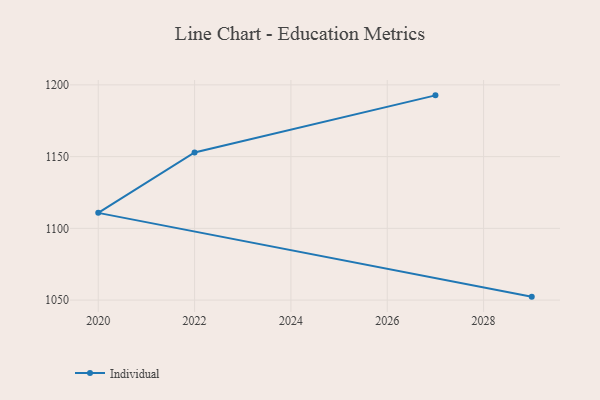
{"axis": {"x": "Year", "y": "Satisfaction Score"}, "legend": ["Individual"], "data": [{"x": "2029", "y": 1052.4, "type": "Individual"}, {"x": "2020", "y": 1110.8, "type": "Individual"}, {"x": "2022", "y": 1152.9, "type": "Individual"}, {"x": "2027", "y": 1192.7, "type": "Individual"}]}